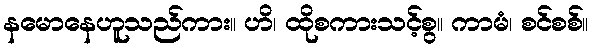
နမောနေဟူသည်ကား။ ဟိ၊ ထိုစကားသင့်စွ။ ကာမံ၊ စင်စစ်။